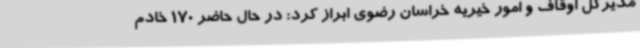
مدیرکل اوقاف و امور خیریه خراسان رضوی ابراز کرد: در حال حاضر 170 خادم